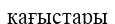
қағыстары